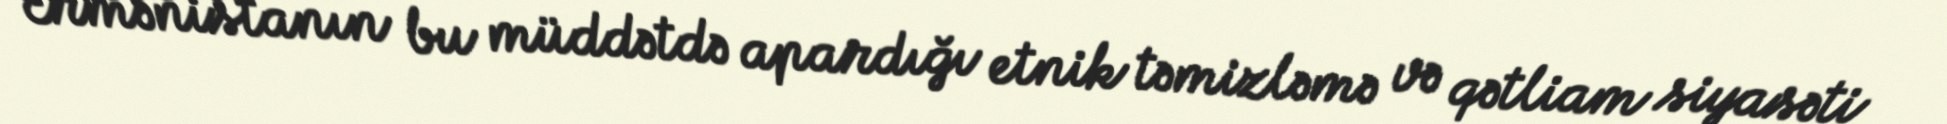
Ermənistanın bu müddətdə apardığı etnik təmizləmə və qətliam siyasəti